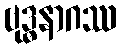
ဗုဒ္ဓနာဂဿ